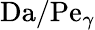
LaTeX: \mathrm{Da}/\mathrm{Pe}_{\gamma}